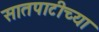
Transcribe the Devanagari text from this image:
सातपाटीच्या